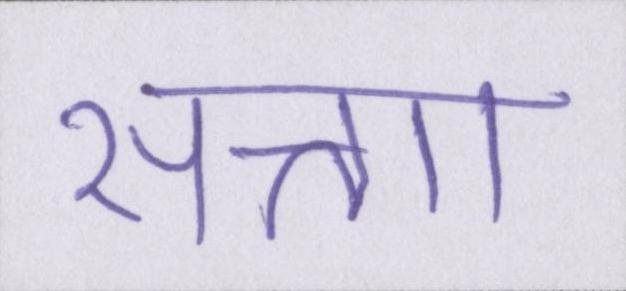
सत्ताा